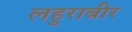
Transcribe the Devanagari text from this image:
लहुराबीर